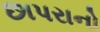
છાપરાનો